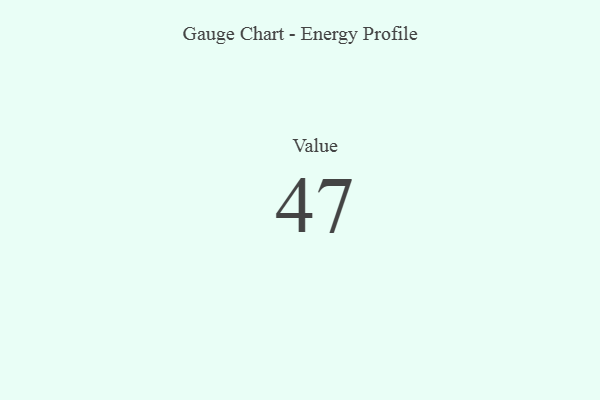
{"axis": {"x": "Metric", "y": "Value"}, "legend": [""], "data": [{"x": "Value", "y": 47, "type": ""}]}